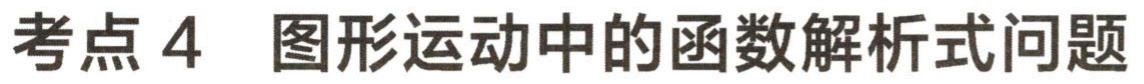
考点 4  图形运动中的函数解析式问题